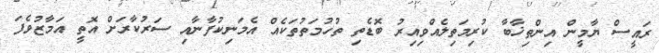
ރައީސް ޔާމީން އިންތިޚާބާ ކުރިމަތިލެއްވިއިރު ބޮޑެތި ތުހުމަތުތަކެއް އެމަނިކުފާނާއި ސަރުކާރަށް އޮތީ އަމާޒުވެފަ